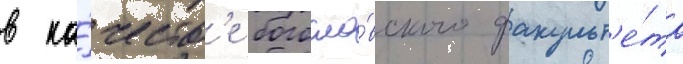
в ка́честв'е богосло́вского факульт'е́та